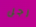
رجل